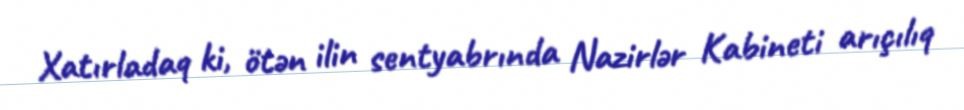
Xatırladaq ki, ötən ilin sentyabrında Nazirlər Kabineti arıçılıq